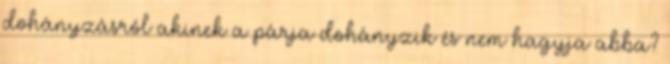
dohányzásról akinek a párja dohányzik és nem hagyja abba?